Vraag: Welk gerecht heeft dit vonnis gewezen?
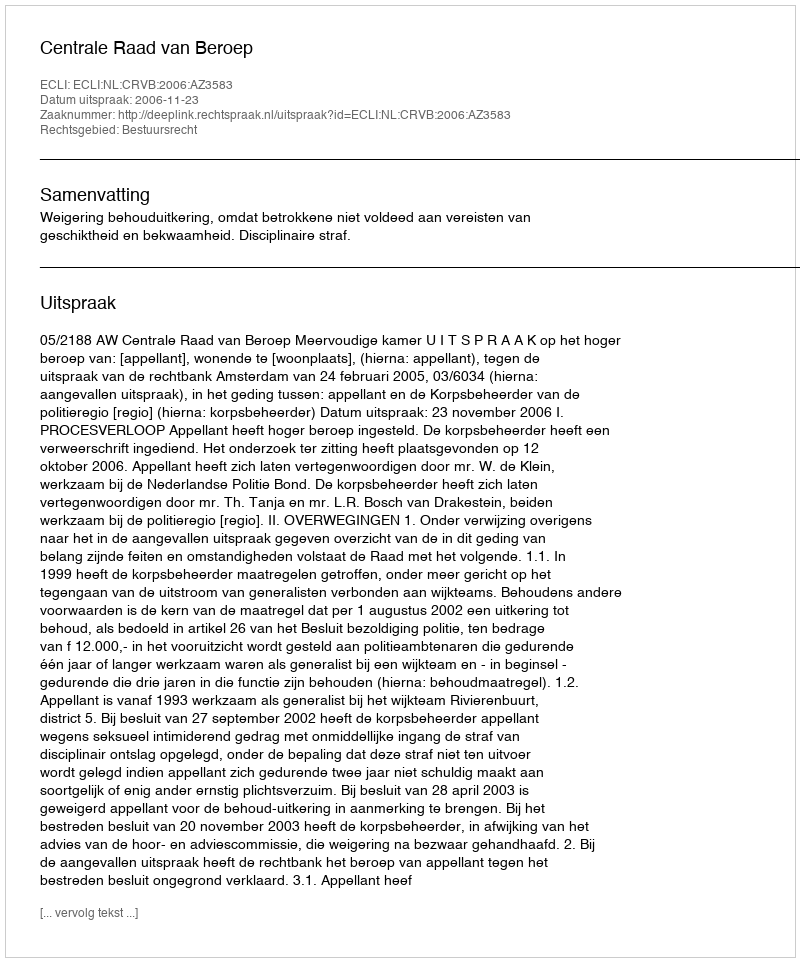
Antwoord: Centrale Raad van Beroep